Indian journal of veterinary science and animal husbandry - Volumes 24-25, 1954-1955
Year: 1954
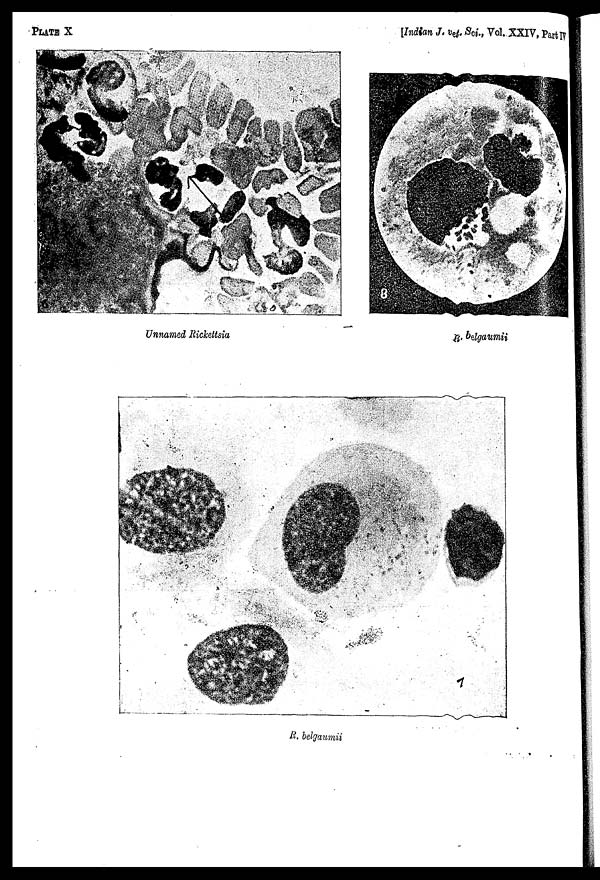
PLATE X
[Indian J. vet. Sci., Vol. XXIV, Part IV
Unnamed Rickettsia
R.
belgaumii
R. belgaumii